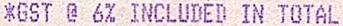
*GST @ 6% INCLUDED IN TOTAL